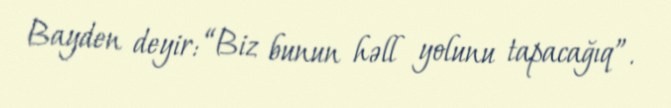
Bayden deyir: “Biz bunun həll yolunu tapacağıq”.